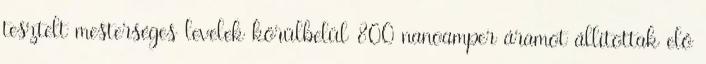
tesztelt mesterséges levelek körülbelül 800 nanoamper áramot állítottak elő